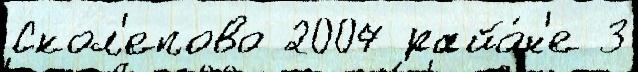
Скол'епово 2007 райо́н'е 3